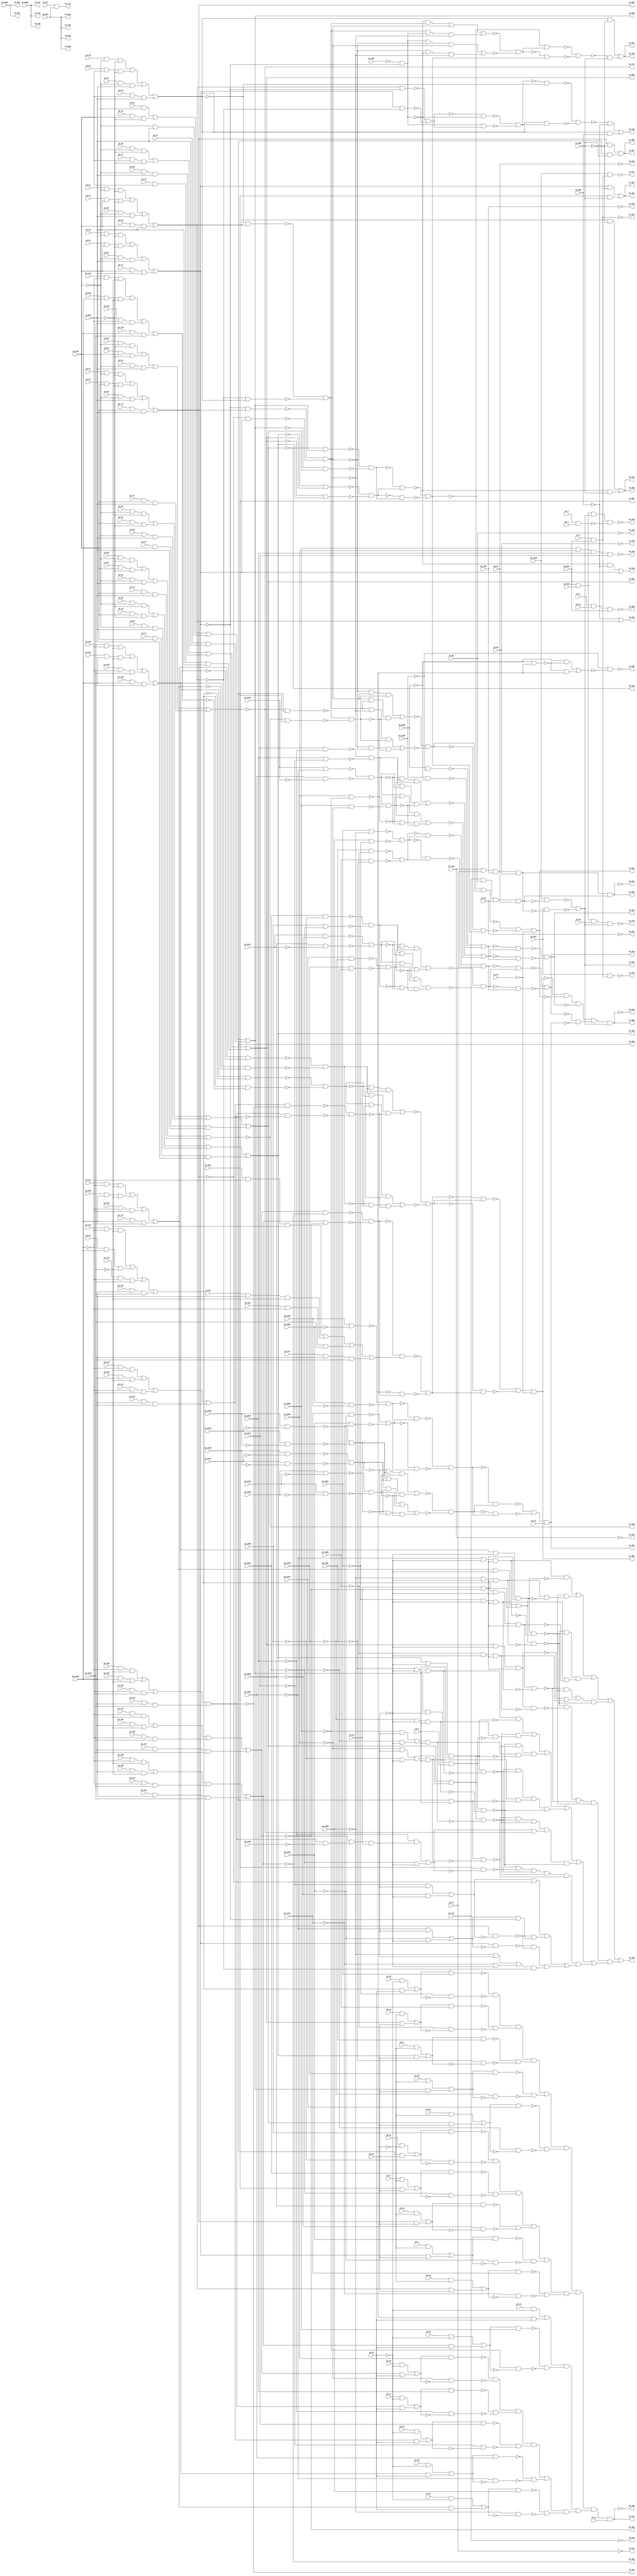
module c2670nr
( id_1 ,id_2 ,id_3 ,id_4 ,id_5 ,id_6 ,id_7 ,id_8 ,id_11 ,id_14 ,id_15 ,id_16 ,id_19 ,id_20 ,id_21 ,id_22 ,id_23 ,id_24 ,id_25 
,id_26 ,id_27 ,id_28 ,id_29 ,id_32 ,id_33 ,id_34 ,id_35 ,id_36 ,id_37 ,id_40 ,id_43 ,id_44 ,id_47 ,id_48 ,id_49 ,id_50 ,id_51 
,id_52 ,id_53 ,id_54 ,id_55 ,id_56 ,id_57 ,id_60 ,id_61 ,id_62 ,id_63 ,id_64 ,id_65 ,id_66 ,id_67 ,id_68 ,id_69 ,id_72 ,id_73 
,id_74 ,id_75 ,id_76 ,id_77 ,id_78 ,id_79 ,id_80 ,id_81 ,id_82 ,id_85 ,id_86 ,id_87 ,id_88 ,id_89 ,id_90 ,id_91 ,id_92 ,id_93 
,id_94 ,id_95 ,id_96 ,id_99 ,id_100 ,id_101 ,id_102 ,id_103 ,id_104 ,id_105 ,id_106 ,id_107 ,id_108 ,id_111 ,id_112 ,id_113 ,id_114 
,id_115 ,id_116 ,id_117 ,id_118 ,id_119 ,id_120 ,id_123 ,id_124 ,id_125 ,id_126 ,id_127 ,id_128 ,id_129 ,id_130 ,id_131 ,id_132 
,id_135 ,id_136 ,id_137 ,id_138 ,id_139 ,id_140 ,id_141 ,id_142 ,id_452 ,id_483 ,id_543 ,id_559 ,id_567 ,id_651 ,id_661 ,id_860 
,id_868 ,id_1083 ,id_1341 ,id_1348 ,id_1384 ,id_1956 ,id_1961 ,id_1966 ,id_1971 ,id_1976 ,id_1981 ,id_1986 ,id_1991 ,id_1996 
,id_2066 ,id_2067 ,id_2072 ,id_2078 ,id_2084 ,id_2090 ,id_2096 ,id_2100 ,id_2104 ,id_2105 ,id_2106 ,id_2427 ,id_2430 ,id_2435 
,id_2438 ,id_2443 ,id_2446 ,id_2451 ,id_2454 ,id_2474 ,id_2678 ,id_350 ,id_335 ,id_409 ,id_369 ,id_367 ,id_411 ,id_337 ,id_384 
,id_218 ,id_219 ,id_220 ,id_221 ,id_235 ,id_236 ,id_237 ,id_238 ,id_158 ,id_259 ,id_391 ,id_173 ,id_223 ,id_234 ,id_217 ,id_325 
,id_261 ,id_319 ,id_160 ,id_162 ,id_164 ,id_166 ,id_168 ,id_171 ,id_153 ,id_176 ,id_188 ,id_299 ,id_301 ,id_286 ,id_303 ,id_288 
,id_305 ,id_290 ,id_284 ,id_321 ,id_297 ,id_280 ,id_148 ,id_282 ,id_323 ,id_156 ,id_401 ,id_227 ,id_229 ,id_311 ,id_150 ,id_145 
,id_395 ,id_295 ,id_331 ,id_397 ,id_329 ,id_308 ,id_225 /*, id_231*/ );

input id_1, id_2, id_3, id_4, id_5, id_6, id_7, id_8, id_11, id_14, id_15, id_16, id_19, id_20, id_21, id_22, id_23, id_24, id_25, id_26, id_27, id_28, id_29, id_32, id_33, id_34, id_35, id_36, id_37, id_40, id_43, id_44, id_47, id_48, id_49, id_50, id_51, id_52, id_53, id_54, id_55, id_56, id_57, id_60, id_61, id_62, id_63, id_64, id_65, id_66, id_67, id_68, id_69, id_72, id_73, id_74, id_75, id_76, id_77, id_78, id_79, id_80, id_81, id_82, id_85, id_86, id_87, id_88, id_89, id_90, id_91, id_92, id_93, id_94, id_95, id_96, id_99, id_100, id_101, id_102, id_103, id_104, id_105, id_106, id_107, id_108, id_111, id_112, id_113, id_114, id_115, id_116, id_117, id_118, id_119, id_120, id_123, id_124, id_125, id_126, id_127, id_128, id_129, id_130, id_131, id_132, id_135, id_136, id_137, id_138, id_139, id_140, id_141, id_142, id_452, id_483, id_543, id_559, id_567, id_651, id_661, id_860, id_868, id_1083, id_1341, id_1348, id_1384, id_1956, id_1961, id_1966, id_1971, id_1976, id_1981, id_1986, id_1991, id_1996, id_2066, id_2067, id_2072, id_2078, id_2084, id_2090, id_2096, id_2100, id_2104, id_2105, id_2106, id_2427, id_2430, id_2435, id_2438, id_2443, id_2446, id_2451, id_2454, id_2474, id_2678;

output id_350, id_335, id_409, id_369, id_367, id_411, id_337, id_384, id_218, id_219, id_220, id_221, id_235, id_236, id_237, id_238, id_158, id_259, id_391, id_173, id_223, id_234, id_217, id_325, id_261, id_319, id_160, id_162, id_164, id_166, id_168, id_171, id_153, id_176, id_188, id_299, id_301, id_286, id_303, id_288, id_305, id_290, id_284, id_321, id_297, id_280, id_148, id_282, id_323, id_156, id_401, id_227, id_229, id_311, id_150, id_145, id_395, id_295, id_331, id_397, id_329, /*id_231,*/ id_308, id_225;

buf ( id_350, id_452);
buf ( id_335, id_452);
buf ( id_409, id_452);
and ( id_546, id_1, id_3);
not ( id_560, id_559);
buf ( id_369, id_1083);
buf ( id_367, id_1083);
not ( id_1385, id_1384);
buf ( id_411, id_2066);
buf ( id_337, id_2066);
buf ( id_384, id_2066);
and ( id_157, id_2090, id_2084, id_2078, id_2072);
not ( id_547, id_546);
not ( id_218, id_44);
not ( id_219, id_132);
not ( id_220, id_82);
not ( id_221, id_96);
not ( id_235, id_69);
not ( id_236, id_120);
not ( id_237, id_57);
not ( id_238, id_108);
and ( id_258, id_2, id_15, id_661);
buf ( id_480, id_661);
buf ( id_486, id_37);
buf ( id_654, id_452);
buf ( id_655, id_8);
buf ( id_658, id_8);
buf ( id_772, id_543);
buf ( id_795, id_651);
not ( id_865, id_860);
not ( id_875, id_868);
buf ( id_882, id_11);
and ( id_1251, id_132, id_82, id_96, id_44);
and ( id_1254, id_120, id_57, id_108, id_69);
buf ( id_1261, id_543);
buf ( id_1284, id_651);
not ( id_1344, id_1341);
not ( id_1351, id_1348);
buf ( id_1394, id_2104);
buf ( id_1418, id_2105);
not ( id_2433, id_2427);
not ( id_2434, id_2430);
not ( id_2441, id_2435);
not ( id_2442, id_2438);
not ( id_2449, id_2443);
not ( id_2450, id_2446);
not ( id_2478, id_2474);
buf ( id_1631, id_2104);
buf ( id_1655, id_2105);
buf ( id_1710, id_16);
buf ( id_1721, id_16);
not ( id_2682, id_2678);
and ( id_1955, id_7, id_661);
not ( id_1959, id_1956);
not ( id_1964, id_1961);
not ( id_1969, id_1966);
not ( id_1974, id_1971);
not ( id_1979, id_1976);
not ( id_1984, id_1981);
not ( id_1989, id_1986);
not ( id_1994, id_1991);
not ( id_1999, id_1996);
buf ( id_2001, id_29);
buf ( id_2012, id_29);
not ( id_2070, id_2067);
not ( id_2076, id_2072);
not ( id_2082, id_2078);
not ( id_2088, id_2084);
not ( id_2094, id_2090);
not ( id_2099, id_2096);
not ( id_2103, id_2100);
not ( id_2457, id_2451);
not ( id_2458, id_2454);
buf ( id_2461, id_1348);
buf ( id_2464, id_1341);
buf ( id_2471, id_1956);
buf ( id_2479, id_1966);
buf ( id_2482, id_1961);
buf ( id_2487, id_1976);
buf ( id_2490, id_1971);
buf ( id_2495, id_1986);
buf ( id_2498, id_1981);
buf ( id_2505, id_1996);
buf ( id_2508, id_1991);
buf ( id_2675, id_2067);
buf ( id_2683, id_2078);
buf ( id_2686, id_2072);
buf ( id_2691, id_2090);
buf ( id_2694, id_2084);
buf ( id_2699, id_2100);
buf ( id_2702, id_2096);
not ( id_158, id_157);
not ( id_259, id_258);
not ( id_487, id_486);
buf ( id_391, id_654);
nand ( id_1475, id_2430, id_2433);
nand ( id_1476, id_2427, id_2434);
nand ( id_1484, id_2438, id_2441);
nand ( id_1485, id_2435, id_2442);
nand ( id_1493, id_2446, id_2449);
nand ( id_1494, id_2443, id_2450);
nand ( id_2459, id_2454, id_2457);
nand ( id_2460, id_2451, id_2458);
and ( id_173, id_94, id_654);
and ( id_216, id_2106, id_1955);
not ( id_223, id_1955);
nand ( id_234, id_567, id_1955);
not ( id_1253, id_1251);
not ( id_1256, id_1254);
and ( id_558, id_1254, id_1251);
not ( id_784, id_772);
not ( id_807, id_795);
and ( id_821, id_80, id_772, id_795);
and ( id_825, id_68, id_772, id_795);
and ( id_829, id_79, id_772, id_795);
and ( id_833, id_78, id_772, id_795);
and ( id_837, id_77, id_772, id_795);
buf ( id_994, id_655);
not ( id_1273, id_1261);
not ( id_1296, id_1284);
and ( id_1310, id_76, id_1261, id_1284);
and ( id_1314, id_75, id_1261, id_1284);
and ( id_1318, id_74, id_1284);
and ( id_1322, id_73, id_1261, id_1284);
and ( id_1326, id_72, id_1261, id_1284);
not ( id_1406, id_1394);
not ( id_1430, id_1418);
and ( id_1444, id_114, id_1394, id_1418);
and ( id_1448, id_113, id_1394, id_1418);
and ( id_1452, id_112, id_1394, id_1418);
and ( id_1456, id_111, id_1394, id_1418);
nand ( id_1477, id_1475, id_1476);
nand ( id_1486, id_1484, id_1485);
nand ( id_1495, id_1493, id_1494);
not ( id_2477, id_2471);
nand ( id_1499, id_2471, id_2478);
not ( id_2485, id_2479);
not ( id_2486, id_2482);
not ( id_2493, id_2487);
not ( id_2494, id_2490);
not ( id_1643, id_1631);
not ( id_1667, id_1655);
and ( id_1681, id_118, id_1631, id_1655);
and ( id_1685, id_107, id_1631, id_1655);
and ( id_1689, id_117, id_1631, id_1655);
and ( id_1693, id_116, id_1631, id_1655);
and ( id_1697, id_115, id_1631, id_1655);
not ( id_1716, id_1710);
not ( id_1728, id_1721);
not ( id_2681, id_2675);
nand ( id_1776, id_2675, id_2682);
not ( id_2689, id_2683);
not ( id_2690, id_2686);
not ( id_2697, id_2691);
not ( id_2698, id_2694);
buf ( id_1893, id_658);
not ( id_2007, id_2001);
not ( id_2018, id_2012);
not ( id_2467, id_2461);
not ( id_2468, id_2464);
not ( id_2501, id_2495);
not ( id_2502, id_2498);
not ( id_2511, id_2505);
not ( id_2512, id_2508);
nand ( id_2518, id_2459, id_2460);
buf ( id_2551, id_1344);
buf ( id_2559, id_1351);
buf ( id_2567, id_1959);
buf ( id_2575, id_1964);
buf ( id_2583, id_1969);
buf ( id_2591, id_1974);
buf ( id_2599, id_1979);
buf ( id_2607, id_1984);
buf ( id_2615, id_1989);
buf ( id_2623, id_1994);
not ( id_2705, id_2699);
not ( id_2706, id_2702);
buf ( id_2735, id_1999);
buf ( id_2743, id_2070);
buf ( id_2751, id_2076);
buf ( id_2759, id_2082);
buf ( id_2767, id_2088);
buf ( id_2775, id_2094);
not ( id_217, id_216);
and ( id_550, id_2106, id_1253);
and ( id_552, id_567, id_1256);
buf ( id_325, id_558);
buf ( id_894, id_882);
nand ( id_1498, id_2474, id_2477);
nand ( id_1507, id_2482, id_2485);
nand ( id_1508, id_2479, id_2486);
nand ( id_1516, id_2490, id_2493);
nand ( id_1517, id_2487, id_2494);
nand ( id_1775, id_2678, id_2681);
nand ( id_1784, id_2686, id_2689);
nand ( id_1785, id_2683, id_2690);
nand ( id_1793, id_2694, id_2697);
nand ( id_1794, id_2691, id_2698);
nand ( id_2469, id_2464, id_2467);
nand ( id_2470, id_2461, id_2468);
nand ( id_2503, id_2498, id_2501);
nand ( id_2504, id_2495, id_2502);
nand ( id_2513, id_2508, id_2511);
nand ( id_2514, id_2505, id_2512);
nand ( id_2707, id_2702, id_2705);
nand ( id_2708, id_2699, id_2706);
not ( id_261, id_558);
not ( id_551, id_550);
not ( id_553, id_552);
and ( id_818, id_93, id_784, id_807);
and ( id_819, id_55, id_772, id_807);
and ( id_820, id_67, id_784, id_795);
and ( id_822, id_81, id_784, id_807);
and ( id_823, id_43, id_772, id_807);
and ( id_824, id_56, id_784, id_795);
and ( id_826, id_92, id_784, id_807);
and ( id_827, id_54, id_772, id_807);
and ( id_828, id_66, id_784, id_795);
and ( id_830, id_91, id_784, id_807);
and ( id_831, id_53, id_772, id_807);
and ( id_832, id_65, id_784, id_795);
and ( id_834, id_90, id_784, id_807);
and ( id_835, id_52, id_772, id_807);
and ( id_836, id_64, id_784, id_795);
and ( id_1307, id_89, id_1273, id_1296);
and ( id_1308, id_51, id_1261, id_1296);
and ( id_1309, id_63, id_1273, id_1284);
and ( id_1311, id_88, id_1273, id_1296);
and ( id_1312, id_50, id_1261, id_1296);
and ( id_1313, id_62, id_1273, id_1284);
and ( id_1315, id_87, id_1273);
and ( id_1316, id_49, id_1261, id_1296);
and ( id_1317, id_1273, id_1284);
and ( id_1319, id_86, id_1273, id_1296);
and ( id_1320, id_48, id_1261, id_1296);
and ( id_1321, id_61, id_1273, id_1284);
and ( id_1323, id_85, id_1273, id_1296);
and ( id_1324, id_47, id_1261, id_1296);
and ( id_1325, id_60, id_1273, id_1284);
and ( id_1441, id_138, id_1406, id_1430);
and ( id_1442, id_102, id_1394, id_1430);
and ( id_1443, id_126, id_1406, id_1418);
and ( id_1445, id_137, id_1406, id_1430);
and ( id_1446, id_101, id_1394, id_1430);
and ( id_1447, id_125, id_1406, id_1418);
and ( id_1449, id_136, id_1406, id_1430);
and ( id_1450, id_100, id_1394, id_1430);
and ( id_1451, id_124, id_1406, id_1418);
and ( id_1453, id_135, id_1406, id_1430);
and ( id_1454, id_99, id_1394, id_1430);
and ( id_1455, id_123, id_1406, id_1418);
not ( id_1481, id_1477);
not ( id_1490, id_1486);
nand ( id_1500, id_1498, id_1499);
nand ( id_1509, id_1507, id_1508);
nand ( id_1518, id_1516, id_1517);
buf ( id_1521, id_1495);
buf ( id_1525, id_1495);
not ( id_2557, id_2551);
not ( id_2565, id_2559);
not ( id_2573, id_2567);
not ( id_2581, id_2575);
not ( id_2589, id_2583);
not ( id_2597, id_2591);
not ( id_2605, id_2599);
not ( id_2613, id_2607);
not ( id_2621, id_2615);
not ( id_2629, id_2623);
and ( id_1678, id_142, id_1643, id_1667);
and ( id_1679, id_106, id_1631, id_1667);
and ( id_1680, id_130, id_1643, id_1655);
and ( id_1682, id_131, id_1643, id_1667);
and ( id_1683, id_95, id_1631, id_1667);
and ( id_1684, id_119, id_1643, id_1655);
and ( id_1686, id_141, id_1643, id_1667);
and ( id_1687, id_105, id_1631, id_1667);
and ( id_1688, id_129, id_1643, id_1655);
and ( id_1690, id_140, id_1643, id_1667);
and ( id_1691, id_104, id_1631, id_1667);
and ( id_1692, id_128, id_1643, id_1655);
and ( id_1694, id_139, id_1643, id_1667);
and ( id_1695, id_103, id_1631, id_1667);
and ( id_1696, id_127, id_1643, id_1655);
and ( id_1734, id_19, id_1716);
and ( id_1736, id_4, id_1716);
and ( id_1738, id_20, id_1716);
and ( id_1740, id_5, id_1716);
and ( id_1742, id_21, id_1728);
and ( id_1744, id_22, id_1728);
and ( id_1746, id_23, id_1728);
and ( id_1748, id_6, id_1728);
and ( id_1750, id_24, id_1728);
nand ( id_1777, id_1775, id_1776);
nand ( id_1786, id_1784, id_1785);
nand ( id_1795, id_1793, id_1794);
and ( id_2023, id_25, id_2007);
and ( id_2025, id_32, id_2007);
and ( id_2027, id_26, id_2007);
and ( id_2029, id_33, id_2007);
and ( id_2031, id_27, id_2018);
and ( id_2033, id_34, id_2018);
and ( id_2035, id_35, id_2018);
and ( id_2037, id_28, id_2018);
not ( id_2741, id_2735);
not ( id_2749, id_2743);
not ( id_2757, id_2751);
not ( id_2765, id_2759);
not ( id_2773, id_2767);
not ( id_2781, id_2775);
nand ( id_2515, id_2469, id_2470);
not ( id_2522, id_2518);
nand ( id_2525, id_2513, id_2514);
nand ( id_2528, id_2503, id_2504);
nand ( id_2730, id_2707, id_2708);
and ( id_554, id_551, id_553);
or ( id_838, id_818, id_819, id_820, id_821);
or ( id_841, id_822, id_823, id_824, id_825);
or ( id_846, id_826, id_827, id_828, id_829);
or ( id_854, id_830, id_831, id_832, id_833);
or ( id_857, id_834, id_835, id_836, id_837);
or ( id_1327, id_1307, id_1308, id_1309, id_1310);
or ( id_1329, id_1311, id_1312, id_1313, id_1314);
or ( id_1331, id_1315, id_1316, id_1317, id_1318);
or ( id_1333, id_1319, id_1320, id_1321, id_1322);
or ( id_1335, id_1323, id_1324, id_1325, id_1326);
or ( id_1461, id_1441, id_1442, id_1443, id_1444);
or ( id_1464, id_1445, id_1446, id_1447, id_1448);
or ( id_1467, id_1449, id_1450, id_1451, id_1452);
or ( id_1470, id_1453, id_1454, id_1455, id_1456);
or ( id_1698, id_1682, id_1683, id_1684, id_1685);
or ( id_1701, id_1686, id_1687, id_1688, id_1689);
or ( id_1704, id_1690, id_1691, id_1692, id_1693);
or ( id_1707, id_1694, id_1695, id_1696, id_1697);
or ( id_2634, id_1678, id_1679, id_1680, id_1681);
buf ( id_319, id_554);
not ( id_1504, id_1500);
not ( id_1513, id_1509);
not ( id_1524, id_1521);
not ( id_1528, id_1525);
buf ( id_1529, id_1518);
buf ( id_1533, id_1518);
and ( id_1538, id_1486, id_1477, id_1521);
and ( id_1541, id_1490, id_1481, id_1525);
not ( id_1781, id_1777);
not ( id_1790, id_1786);
buf ( id_1806, id_1795);
buf ( id_1810, id_1795);
not ( id_2734, id_2730);
not ( id_2521, id_2515);
nand ( id_2524, id_2515, id_2522);
not ( id_2531, id_2525);
not ( id_2532, id_2528);
and ( id_144, id_838, id_860);
buf ( id_147, id_846);
buf ( id_152, id_841);
not ( id_160, id_1464);
not ( id_162, id_1467);
not ( id_164, id_1461);
not ( id_166, id_1329);
not ( id_168, id_1327);
not ( id_171, id_857);
and ( id_175, id_480, id_483, id_36, id_554);
and ( id_187, id_480, id_483, id_554, id_547);
buf ( id_516, id_838);
not ( id_852, id_846);
and ( id_885, id_841, id_875);
and ( id_887, id_846, id_875);
and ( id_893, id_1327, id_868);
not ( id_1028, id_838);
not ( id_1031, id_841);
not ( id_1035, id_846);
buf ( id_1041, id_854);
buf ( id_1049, id_857);
buf ( id_1057, id_1327);
buf ( id_1060, id_1329);
buf ( id_1066, id_1331);
buf ( id_1072, id_1333);
buf ( id_1078, id_1335);
nand ( id_1213, id_2099, id_1470);
not ( id_1218, id_2103);
buf ( id_1250, id_1704);
and ( id_1387, id_1461, id_1385);
not ( id_1389, id_1464);
and ( id_1537, id_1481, id_1486, id_1524);
and ( id_1540, id_1477, id_1490, id_1528);
and ( id_1735, id_841, id_1710);
and ( id_1737, id_846, id_1710);
and ( id_1739, id_854, id_1710);
and ( id_1741, id_857, id_1710);
and ( id_1743, id_1327, id_1721);
and ( id_1745, id_1329, id_1721);
and ( id_1747, id_1331, id_1721);
and ( id_1749, id_1333, id_1721);
and ( id_1751, id_1335, id_1721);
not ( id_2638, id_2634);
and ( id_2024, id_1698, id_2001);
and ( id_2026, id_1701, id_2001);
and ( id_2028, id_1704, id_2001);
and ( id_2030, id_1707, id_2001);
and ( id_2032, id_1461, id_2012);
and ( id_2034, id_1464, id_2012);
and ( id_2036, id_1467, id_2012);
and ( id_2038, id_1470, id_2012);
buf ( id_2154, id_841);
nand ( id_2523, id_2518, id_2521);
nand ( id_2533, id_2528, id_2531);
nand ( id_2534, id_2525, id_2532);
buf ( id_2631, id_1698);
buf ( id_2639, id_1704);
buf ( id_2642, id_1701);
buf ( id_2647, id_1461);
buf ( id_2650, id_1707);
buf ( id_2655, id_1467);
buf ( id_2658, id_1464);
buf ( id_2668, id_1470);
or ( id_153, id_865, id_152);
not ( id_176, id_175);
not ( id_188, id_187);
buf ( id_299, id_1041);
buf ( id_301, id_1049);
buf ( id_286, id_1057);
buf ( id_303, id_1060);
buf ( id_288, id_1066);
buf ( id_305, id_1072);
buf ( id_290, id_1078);
not ( id_1532, id_1529);
not ( id_1536, id_1533);
nor ( id_1539, id_1537, id_1538);
nor ( id_1542, id_1540, id_1541);
and ( id_1544, id_1509, id_1500, id_1529);
and ( id_1547, id_1513, id_1504, id_1533);
or ( id_2065, id_2037, id_2038);
not ( id_1809, id_1806);
not ( id_1813, id_1810);
and ( id_1821, id_1786, id_1777, id_1806);
and ( id_1824, id_1790, id_1781, id_1810);
nand ( id_2538, id_2523, id_2524);
nand ( id_2546, id_2533, id_2534);
or ( id_2554, id_1734, id_1735);
or ( id_2562, id_1736, id_1737);
or ( id_2570, id_1738, id_1739);
or ( id_2578, id_1740, id_1741);
or ( id_2586, id_1742, id_1743);
or ( id_2594, id_1744, id_1745);
or ( id_2602, id_1746, id_1747);
or ( id_2610, id_1748, id_1749);
or ( id_2618, id_1750, id_1751);
or ( id_2626, id_2023, id_2024);
or ( id_2738, id_2025, id_2026);
or ( id_2746, id_2027, id_2028);
or ( id_2754, id_2029, id_2030);
or ( id_2762, id_2031, id_2032);
or ( id_2770, id_2033, id_2034);
or ( id_2778, id_2035, id_2036);
and ( id_456, id_1389, id_1387, id_40);
nand ( id_562, id_560, id_852);
and ( id_883, id_516, id_875);
and ( id_889, id_1049, id_868);
and ( id_891, id_1041, id_875);
not ( id_1043, id_1041);
not ( id_1051, id_1049);
not ( id_1062, id_1060);
not ( id_1068, id_1066);
not ( id_1074, id_1072);
not ( id_1080, id_1078);
and ( id_1225, id_2099, id_1213);
and ( id_1227, id_1213, id_1470);
buf ( id_1234, id_1218);
and ( id_1543, id_1504, id_1509, id_1532);
and ( id_1546, id_1500, id_1513, id_1536);
not ( id_2637, id_2631);
nand ( id_1753, id_2631, id_2638);
not ( id_2645, id_2639);
not ( id_2646, id_2642);
not ( id_2653, id_2647);
not ( id_2654, id_2650);
and ( id_1820, id_1781, id_1786, id_1809);
and ( id_1823, id_1777, id_1790, id_1813);
buf ( id_2107, id_1031);
buf ( id_2110, id_1028);
buf ( id_2118, id_1035);
not ( id_2123, id_1057);
not ( id_2151, id_852);
not ( id_2158, id_2154);
buf ( id_2161, id_1031);
buf ( id_2164, id_1028);
buf ( id_2172, id_1035);
buf ( id_2235, id_516);
buf ( id_2350, id_1035);
nand ( id_2535, id_1542, id_1539);
not ( id_2661, id_2655);
not ( id_2662, id_2658);
not ( id_2672, id_2668);
and ( id_468, id_40, id_1389);
or ( id_897, id_887, id_889);
or ( id_898, id_891, id_893);
or ( id_1228, id_1225, id_1227);
buf ( id_1235, id_1234);
nor ( id_1545, id_1543, id_1544);
nor ( id_1548, id_1546, id_1547);
not ( id_2542, id_2538);
not ( id_2550, id_2546);
nand ( id_1561, id_2554, id_2557);
not ( id_2558, id_2554);
nand ( id_1565, id_2562, id_2565);
not ( id_2566, id_2562);
nand ( id_1569, id_2570, id_2573);
not ( id_2574, id_2570);
nand ( id_1573, id_2578, id_2581);
not ( id_2582, id_2578);
nand ( id_1577, id_2586, id_2589);
not ( id_2590, id_2586);
nand ( id_1581, id_2594, id_2597);
not ( id_2598, id_2594);
nand ( id_1585, id_2602, id_2605);
not ( id_2606, id_2602);
nand ( id_1589, id_2610, id_2613);
not ( id_2614, id_2610);
nand ( id_1593, id_2618, id_2621);
not ( id_2622, id_2618);
nand ( id_1597, id_2626, id_2629);
not ( id_2630, id_2626);
nand ( id_1752, id_2634, id_2637);
nand ( id_1761, id_2642, id_2645);
nand ( id_1762, id_2639, id_2646);
nand ( id_1770, id_2650, id_2653);
nand ( id_1771, id_2647, id_2654);
nor ( id_1822, id_1820, id_1821);
nor ( id_1825, id_1823, id_1824);
nand ( id_2039, id_2738, id_2741);
not ( id_2742, id_2738);
nand ( id_2043, id_2746, id_2749);
not ( id_2750, id_2746);
nand ( id_2047, id_2754, id_2757);
not ( id_2758, id_2754);
nand ( id_2051, id_2762, id_2765);
not ( id_2766, id_2762);
nand ( id_2055, id_2770, id_2773);
not ( id_2774, id_2770);
nand ( id_2059, id_2778, id_2781);
not ( id_2782, id_2778);
nand ( id_2663, id_2658, id_2661);
nand ( id_2664, id_2655, id_2662);
not ( id_2674, id_2672);
and ( id_146, id_562, id_865);
not ( id_462, id_456);
not ( id_2113, id_2107);
not ( id_2114, id_2110);
not ( id_2122, id_2118);
not ( id_2129, id_2123);
buf ( id_592, id_562);
not ( id_2167, id_2161);
not ( id_2168, id_2164);
not ( id_2176, id_2172);
not ( id_2241, id_2235);
and ( id_886, id_562, id_868);
buf ( id_284, id_897);
buf ( id_321, id_897);
buf ( id_297, id_898);
buf ( id_280, id_898);
buf ( id_995, id_456);
not ( id_1006, id_456);
nand ( id_1550, id_2535, id_2542);
not ( id_2541, id_2535);
nand ( id_1562, id_2551, id_2558);
nand ( id_1566, id_2559, id_2566);
nand ( id_1570, id_2567, id_2574);
nand ( id_1574, id_2575, id_2582);
nand ( id_1578, id_2583, id_2590);
nand ( id_1582, id_2591, id_2598);
nand ( id_1586, id_2599, id_2606);
nand ( id_1590, id_2607, id_2614);
nand ( id_1594, id_2615, id_2622);
nand ( id_1598, id_2623, id_2630);
nand ( id_1754, id_1752, id_1753);
nand ( id_1763, id_1761, id_1762);
nand ( id_1772, id_1770, id_1771);
nand ( id_2040, id_2735, id_2742);
nand ( id_2044, id_2743, id_2750);
nand ( id_2048, id_2751, id_2758);
nand ( id_2052, id_2759, id_2766);
nand ( id_2056, id_2767, id_2774);
nand ( id_2060, id_2775, id_2782);
buf ( id_2115, id_1043);
buf ( id_2126, id_1051);
buf ( id_2131, id_1068);
buf ( id_2134, id_1062);
buf ( id_2141, id_1080);
buf ( id_2144, id_1074);
not ( id_2157, id_2151);
nand ( id_2160, id_2151, id_2158);
buf ( id_2169, id_1043);
buf ( id_2177, id_1068);
buf ( id_2180, id_1062);
buf ( id_2187, id_1080);
buf ( id_2190, id_1074);
not ( id_2207, id_562);
buf ( id_2342, id_1043);
buf ( id_2422, id_1051);
nand ( id_2543, id_1548, id_1545);
not ( id_2709, id_2674);
nand ( id_2712, id_2663, id_2664);
nand ( id_2727, id_1825, id_1822);
or ( id_148, id_146, id_147);
nand ( id_569, id_2110, id_2113);
nand ( id_570, id_2107, id_2114);
nand ( id_599, id_2164, id_2167);
nand ( id_600, id_2161, id_2168);
or ( id_896, id_885, id_886);
nand ( id_1549, id_2538, id_2541);
not ( id_1243, id_1228);
not ( id_1245, id_1235);
buf ( id_1257, id_468);
buf ( id_1258, id_468);
nand ( id_1563, id_1561, id_1562);
nand ( id_1567, id_1565, id_1566);
nand ( id_1571, id_1569, id_1570);
nand ( id_1575, id_1573, id_1574);
nand ( id_1579, id_1577, id_1578);
nand ( id_1583, id_1581, id_1582);
nand ( id_1587, id_1585, id_1586);
nand ( id_1591, id_1589, id_1590);
nand ( id_1595, id_1593, id_1594);
nand ( id_1599, id_1597, id_1598);
nand ( id_2041, id_2039, id_2040);
nand ( id_2045, id_2043, id_2044);
nand ( id_2049, id_2047, id_2048);
nand ( id_2053, id_2051, id_2052);
nand ( id_2057, id_2055, id_2056);
nand ( id_2061, id_2059, id_2060);
nand ( id_2159, id_2154, id_2157);
nand ( id_571, id_569, id_570);
not ( id_2121, id_2115);
nand ( id_579, id_2115, id_2122);
nand ( id_587, id_2126, id_2129);
not ( id_2130, id_2126);
not ( id_596, id_592);
nand ( id_601, id_599, id_600);
not ( id_2175, id_2169);
nand ( id_609, id_2169, id_2176);
buf ( id_1014, id_1057);
buf ( id_1018, id_1060);
and ( id_717, id_1078, id_1006);
and ( id_723, id_1698, id_1006);
and ( id_729, id_1701, id_1006);
and ( id_735, id_1250, id_1006);
buf ( id_282, id_896);
buf ( id_323, id_896);
not ( id_999, id_995);
nand ( id_1091, id_1549, id_1550);
buf ( id_1337, id_462);
not ( id_2549, id_2543);
nand ( id_1552, id_2543, id_2550);
not ( id_1600, id_1599);
not ( id_1596, id_1595);
not ( id_1592, id_1591);
not ( id_1588, id_1587);
not ( id_1584, id_1583);
not ( id_1580, id_1579);
not ( id_1576, id_1575);
not ( id_1572, id_1571);
not ( id_1568, id_1567);
not ( id_1564, id_1563);
not ( id_2062, id_2061);
not ( id_2058, id_2057);
not ( id_2054, id_2053);
not ( id_2050, id_2049);
not ( id_2046, id_2045);
not ( id_2042, id_2041);
not ( id_1758, id_1754);
not ( id_1767, id_1763);
buf ( id_1798, id_1772);
buf ( id_1802, id_1772);
not ( id_2733, id_2727);
nand ( id_1829, id_2727, id_2734);
not ( id_2137, id_2131);
not ( id_2138, id_2134);
not ( id_2147, id_2141);
not ( id_2148, id_2144);
not ( id_2183, id_2177);
not ( id_2184, id_2180);
not ( id_2193, id_2187);
not ( id_2194, id_2190);
nand ( id_2210, id_2159, id_2160);
not ( id_2213, id_2207);
not ( id_2715, id_2709);
not ( id_2716, id_2712);
nand ( id_578, id_2118, id_2121);
nand ( id_588, id_2123, id_2130);
nand ( id_608, id_2172, id_2175);
buf ( id_1005, id_1257);
not ( id_1092, id_1091);
nand ( id_1551, id_2546, id_2549);
and ( id_1554, id_1600, id_1596, id_1592, id_1588, id_1584);
and ( id_1555, id_1580, id_1576, id_1572, id_1568, id_1564);
and ( id_1557, id_2065, id_2062);
and ( id_1558, id_2058, id_2054, id_2050, id_2046, id_2042);
nand ( id_1828, id_2730, id_2733);
buf ( id_1907, id_1258);
nand ( id_2139, id_2134, id_2137);
nand ( id_2140, id_2131, id_2138);
nand ( id_2149, id_2144, id_2147);
nand ( id_2150, id_2141, id_2148);
nand ( id_2185, id_2180, id_2183);
nand ( id_2186, id_2177, id_2184);
nand ( id_2195, id_2190, id_2193);
nand ( id_2196, id_2187, id_2194);
nand ( id_2717, id_2712, id_2715);
nand ( id_2718, id_2709, id_2716);
buf ( id_154, id_1245);
buf ( id_155, id_1243);
not ( id_575, id_571);
nand ( id_580, id_578, id_579);
nand ( id_589, id_587, id_588);
not ( id_605, id_601);
nand ( id_610, id_608, id_609);
and ( id_705, id_1066, id_999);
and ( id_711, id_1072, id_999);
and ( id_1093, id_1092, id_14);
nand ( id_1553, id_1551, id_1552);
and ( id_1556, id_1554, id_1555);
and ( id_1559, id_1557, id_1558);
buf ( id_1601, id_1337);
not ( id_1801, id_1798);
not ( id_1805, id_1802);
and ( id_1815, id_1763, id_1754, id_1798);
and ( id_1818, id_1767, id_1758, id_1802);
nand ( id_1830, id_1828, id_1829);
buf ( id_1898, id_1337);
buf ( id_1912, id_1337);
nand ( id_2197, id_2149, id_2150);
nand ( id_2200, id_2139, id_2140);
not ( id_2214, id_2210);
nand ( id_2215, id_2210, id_2213);
nand ( id_2217, id_2195, id_2196);
nand ( id_2220, id_2185, id_2186);
nand ( id_2722, id_2717, id_2718);
nand ( id_156, id_154, id_155);
buf ( id_693, id_1014);
buf ( id_699, id_1018);
and ( id_707, id_705, id_994);
and ( id_713, id_711, id_994);
and ( id_719, id_717, id_1005);
and ( id_725, id_723, id_1005);
and ( id_731, id_729, id_1005);
and ( id_737, id_735, id_1005);
buf ( id_401, id_1093);
and ( id_1560, id_1556, id_1559, id_894);
and ( id_1814, id_1758, id_1763, id_1801);
and ( id_1817, id_1754, id_1767, id_1805);
nand ( id_2216, id_2207, id_2214);
not ( id_227, id_1830);
not ( id_229, id_1553);
not ( id_584, id_580);
buf ( id_613, id_589);
buf ( id_617, id_589);
buf ( id_621, id_610);
buf ( id_625, id_610);
and ( id_695, id_693, id_994);
and ( id_701, id_699, id_994);
not ( id_708, id_707);
not ( id_714, id_713);
not ( id_720, id_719);
not ( id_726, id_725);
not ( id_732, id_731);
not ( id_738, id_737);
not ( id_1087, id_1093);
and ( id_1108, id_1344, id_1601);
buf ( id_311, id_1560);
not ( id_1607, id_1601);
and ( id_1615, id_1351, id_1601);
and ( id_1619, id_1959, id_1601);
and ( id_1623, id_1964, id_1601);
nor ( id_1816, id_1814, id_1815);
nor ( id_1819, id_1817, id_1818);
not ( id_2726, id_2722);
not ( id_1904, id_1898);
and ( id_1920, id_1969, id_1898);
and ( id_1925, id_1974, id_1898);
and ( id_1928, id_1979, id_1898);
and ( id_1930, id_1984, id_1898);
and ( id_1932, id_1989, id_1912);
and ( id_1934, id_1994, id_1912);
and ( id_1936, id_1999, id_1912);
and ( id_1938, id_2070, id_1912);
not ( id_2203, id_2197);
not ( id_2204, id_2200);
not ( id_2223, id_2217);
not ( id_2224, id_2220);
nand ( id_2238, id_2215, id_2216);
not ( id_150, id_1560);
not ( id_696, id_695);
not ( id_702, id_701);
and ( id_1943, id_1928, id_1893);
and ( id_1945, id_1930, id_1893);
and ( id_1947, id_1932, id_1907);
and ( id_1949, id_1934, id_1907);
and ( id_1951, id_1936, id_1907);
and ( id_1953, id_1938, id_1907);
nand ( id_2205, id_2200, id_2203);
nand ( id_2206, id_2197, id_2204);
nand ( id_2225, id_2220, id_2223);
nand ( id_2226, id_2217, id_2224);
nand ( id_2719, id_1819, id_1816);
not ( id_616, id_613);
not ( id_620, id_617);
not ( id_624, id_621);
not ( id_628, id_625);
and ( id_630, id_580, id_571, id_613);
and ( id_633, id_584, id_575, id_617);
and ( id_636, id_601, id_592, id_621);
and ( id_639, id_605, id_596, id_625);
nand ( id_645, id_2238, id_2241);
not ( id_2242, id_2238);
and ( id_1107, id_1999, id_1607);
and ( id_1614, id_2070, id_1607);
and ( id_1617, id_2076, id_1607);
and ( id_1621, id_2082, id_1607);
and ( id_1918, id_2088, id_1904);
and ( id_1923, id_2094, id_1904);
nand ( id_2230, id_2205, id_2206);
nand ( id_2246, id_2225, id_2226);
buf ( id_2358, id_738);
buf ( id_2366, id_732);
buf ( id_2374, id_726);
buf ( id_2382, id_720);
buf ( id_2390, id_714);
buf ( id_2398, id_708);
and ( id_629, id_575, id_580, id_616);
and ( id_632, id_571, id_584, id_620);
and ( id_635, id_596, id_601, id_624);
and ( id_638, id_592, id_605, id_628);
nand ( id_646, id_2235, id_2242);
nand ( id_1827, id_2719, id_2726);
or ( id_1109, id_1107, id_1108);
and ( id_1125, id_1953, id_738);
and ( id_1133, id_1951, id_732);
and ( id_1140, id_1949, id_726);
and ( id_1142, id_720, id_1947);
and ( id_1155, id_1945, id_714);
and ( id_1164, id_1943, id_708);
or ( id_1624, id_1614, id_1615);
or ( id_1626, id_1617, id_1619);
or ( id_1628, id_1621, id_1623);
not ( id_2725, id_2719);
or ( id_1921, id_1918, id_1920);
or ( id_1926, id_1923, id_1925);
buf ( id_2355, id_1953);
buf ( id_2363, id_1951);
buf ( id_2371, id_1949);
buf ( id_2379, id_1947);
buf ( id_2387, id_1945);
buf ( id_2395, id_1943);
buf ( id_2406, id_702);
buf ( id_2414, id_696);
nand ( id_647, id_645, id_646);
nor ( id_631, id_629, id_630);
nor ( id_634, id_632, id_633);
nor ( id_637, id_635, id_636);
nor ( id_640, id_638, id_639);
not ( id_2234, id_2230);
not ( id_2250, id_2246);
nand ( id_1826, id_2722, id_2725);
and ( id_1110, id_1109, id_1031);
and ( id_1939, id_1921, id_1893);
and ( id_1941, id_1926, id_1893);
and ( id_143, id_647, id_865);
nand ( id_686, id_1826, id_1827);
and ( id_1104, id_1626, id_1043);
and ( id_1106, id_1624, id_1035);
not ( id_1118, id_2355);
not ( id_1127, id_2363);
not ( id_1135, id_2371);
not ( id_1144, id_2379);
not ( id_1147, id_2387);
not ( id_1157, id_2395);
and ( id_1184, id_1628, id_1051);
nand ( id_2227, id_634, id_631);
nand ( id_2243, id_640, id_637);
buf ( id_2339, id_1626);
buf ( id_2347, id_1624);
buf ( id_2419, id_1628);
or ( id_145, id_143, id_144);
not ( id_687, id_686);
not ( id_1117, id_2358);
not ( id_1126, id_2366);
not ( id_1134, id_2374);
not ( id_1143, id_2382);
not ( id_1146, id_2390);
not ( id_1156, id_2398);
and ( id_1172, id_1941, id_702);
and ( id_1179, id_1939, id_696);
buf ( id_2403, id_1941);
buf ( id_2411, id_1939);
not ( id_2233, id_2227);
nand ( id_642, id_2227, id_2234);
not ( id_2249, id_2243);
nand ( id_649, id_2243, id_2250);
and ( id_688, id_687, id_487);
not ( id_1099, id_2339);
not ( id_1115, id_2347);
nand ( id_1119, id_1117, id_1118);
nand ( id_1128, id_1126, id_1127);
nand ( id_1136, id_1134, id_1135);
nand ( id_1145, id_1143, id_1144);
nand ( id_1148, id_1146, id_1147);
nand ( id_1158, id_1156, id_1157);
not ( id_1181, id_2419);
nand ( id_641, id_2230, id_2233);
nand ( id_648, id_2246, id_2249);
buf ( id_395, id_688);
not ( id_1098, id_2342);
not ( id_1114, id_2350);
not ( id_1166, id_2403);
not ( id_1174, id_2411);
not ( id_1180, id_2422);
nand ( id_643, id_641, id_642);
nand ( id_650, id_648, id_649);
not ( id_690, id_688);
nand ( id_1100, id_1098, id_1099);
nand ( id_1112, id_1114, id_1115);
not ( id_1165, id_2406);
not ( id_1173, id_2414);
nand ( id_1182, id_1180, id_1181);
and ( id_1185, id_1128, id_1145, id_1136, id_1119);
and ( id_1187, id_1119, id_1133);
and ( id_1188, id_1128, id_1119, id_1140);
and ( id_1189, id_1136, id_1119, id_1142, id_1128);
and ( id_1195, id_1148, id_1164);
and ( id_1196, id_1158, id_1148, id_1172);
not ( id_644, id_643);
and ( id_884, id_650, id_868);
nand ( id_1167, id_1165, id_1166);
nand ( id_1175, id_1173, id_1174);
not ( id_1186, id_1185);
or ( id_1190, id_1125, id_1187, id_1188, id_1189);
or ( id_895, id_883, id_884);
and ( id_1025, id_644, id_487);
and ( id_1111, id_1100, id_1106);
and ( id_1113, id_1112, id_1100, id_1110);
buf ( id_295, id_895);
buf ( id_331, id_895);
buf ( id_397, id_1025);
or ( id_1116, id_1104, id_1111, id_1113);
and ( id_1194, id_1158, id_1182, id_1167, id_1148, id_1175);
and ( id_1197, id_1167, id_1148, id_1179, id_1158);
and ( id_1198, id_1175, id_1167, id_1148, id_1184, id_1158);
not ( id_1027, id_1025);
or ( id_1199, id_1155, id_1195, id_1196, id_1197, id_1198);
and ( id_1200, id_1194, id_1116);
not ( id_1205, id_1186);
and ( id_1085, id_690, id_1027, id_1830);
or ( id_1201, id_1199, id_1200);
and ( id_1207, id_1205, id_1201);
buf ( id_1206, id_1190);
or ( id_1208, id_1206, id_1207);
buf ( id_329, id_1208);
// ( id_231, ???);//
and ( id_1088, id_1553, id_1087);
and ( id_1089, id_1085, id_1088, id_554);
buf ( id_308, id_1089);
not ( id_225, id_1089);

endmodule